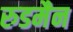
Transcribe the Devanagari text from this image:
रुडमैन